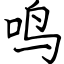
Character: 鸣